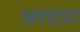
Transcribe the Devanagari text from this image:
त्राएद